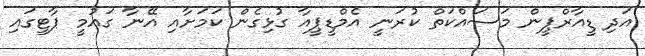
އަދި ޑީއާރްޕީން މަސައްކަތް ކުރަނީ އެމްޑީޕީއާ ގުޅިގެން ކަމަށާއި އޭނާ ގައުމީ ޕާޓީގައި